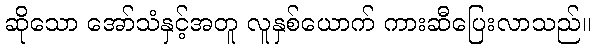
ဆိုသော အော်သံနှင့်အတူ လူနှစ်ယောက် ကားဆီပြေးလာသည်။